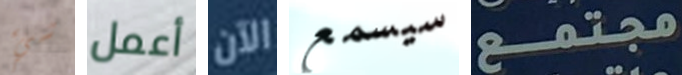
شيء أعمل الآن سيسمع مجتمع